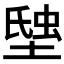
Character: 𧋗